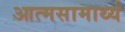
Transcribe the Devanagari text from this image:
आत्मसामार्थ्य